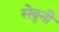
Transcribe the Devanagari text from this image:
सेवुनी